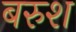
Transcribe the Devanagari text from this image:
बरुश